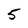
Character: 5